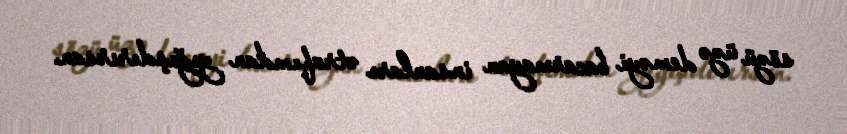
sözü üzə deməyi bacarmayan insanları ətrafımdan yığışdırırsan.